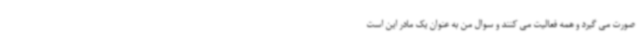
صورت می گیرد و همه فعالیت می کنند و سوال من به عنوان یک مادر این است